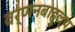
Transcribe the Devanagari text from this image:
वर्णनबाहुल्य